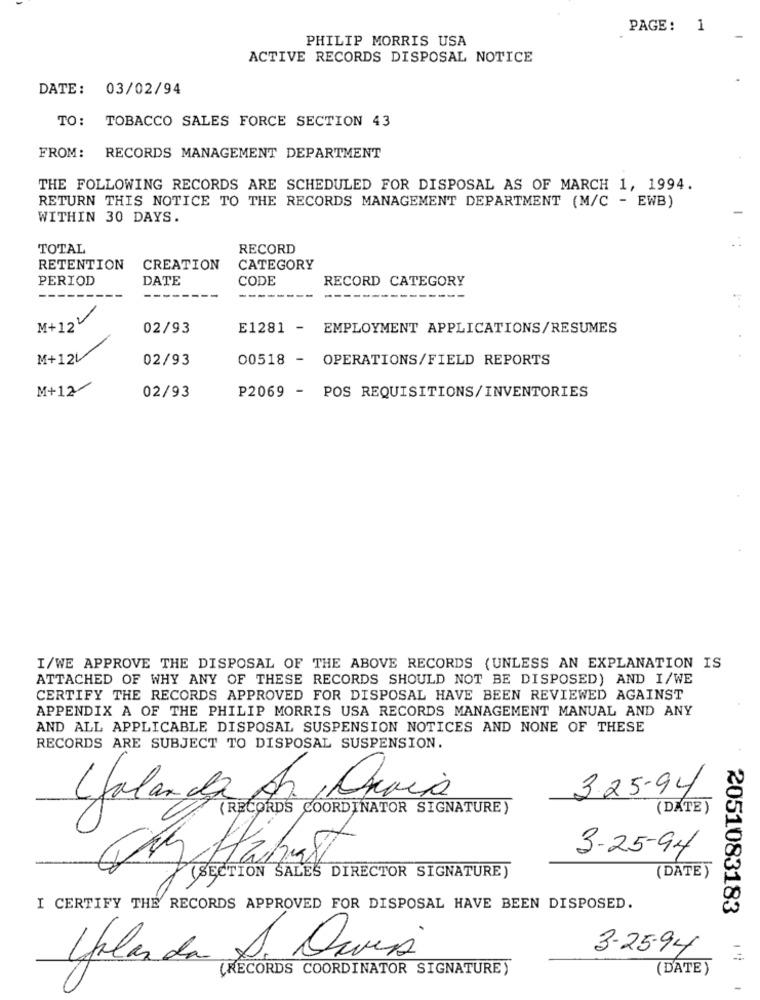
PAGE: 1
PHILIP MORRIS USA
ACTIVE RECORDS DISPOSAL NOTICE
DATE: 03/02/94
TO: TOBACCO SALES FORCE SECTION 43
FROM:
RECORDS MANAGEMENT DEPARTMENT
THE FOLLOWING RECORDS ARE SCHEDULED FOR DISPOSAL AS OF MARCH 1, 1994.
RETURN THIS NOTICE TO THE RECORDS MANAGEMENT DEPARTMENT (M/C - EWB)
WITHIN 30 DAYS.
TOTAL
RECORD
RETENTION
CREATION
CATEGORY
PERIOD
DATE
CODE
RECORD CATEGORY
---
M+122
02/93
E1281 - EMPLOYMENT APPLICATIONS/RESUMES
M+12V
02/93
00518 - OPERATIONS/FIELD REPORTS
M+12/
P2069 - POS REQUISITIONS/INVENTORIES
02/93
I/WE APPROVE THE DISPOSAL OF THE ABOVE RECORDS (UNLESS AN EXPLANATION IS
ATTACHED OF WHY ANY OF THESE RECORDS SHOULD NOT BE DISPOSED) AND I/WE
CERTIFY THE RECORDS APPROVED FOR DISPOSAL HAVE BEEN REVIEWED AGAINST
APPENDIX A OF THE PHILIP MORRIS USA RECORDS MANAGEMENT MANUAL AND ANY
AND ALL APPLICABLE DISPOSAL SUSPENSION NOTICES AND NONE OF THESE
RECORDS ARE SUBJECT TO DISPOSAL SUSPENSION.
3.25.94
Lalanda An , Praia
RECORDS COORDINATOR SIGNATURE)
(DATE)
3-25-94
Gar Hähast
(DATE)
(SECTION SALES DIRECTOR SIGNATURE)
I CERTIFY THE RECORDS APPROVED FOR DISPOSAL HAVE BEEN DISPOSED.
2051083183
3-25-94
Iolanda S. Davis
(RECORDS COORDINATOR SIGNATURE)
(DATE)